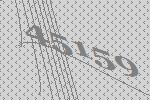
45159